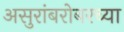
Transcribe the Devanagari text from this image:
असुरांबरोबरच्या